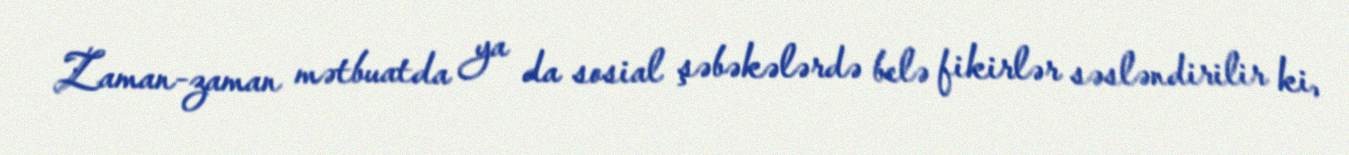
Zaman-zaman mətbuatda ya da sosial şəbəkələrdə belə fikirlər səsləndirilir ki,